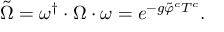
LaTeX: \tilde { \Omega } = \omega ^ { \dagger } \cdot \Omega \cdot \omega = e ^ { - g \tilde { \varphi } ^ { c } T ^ { c } } .